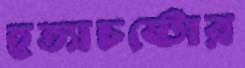
হত্যাচষ্টোর